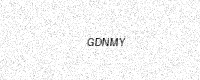
Text: GDNMY